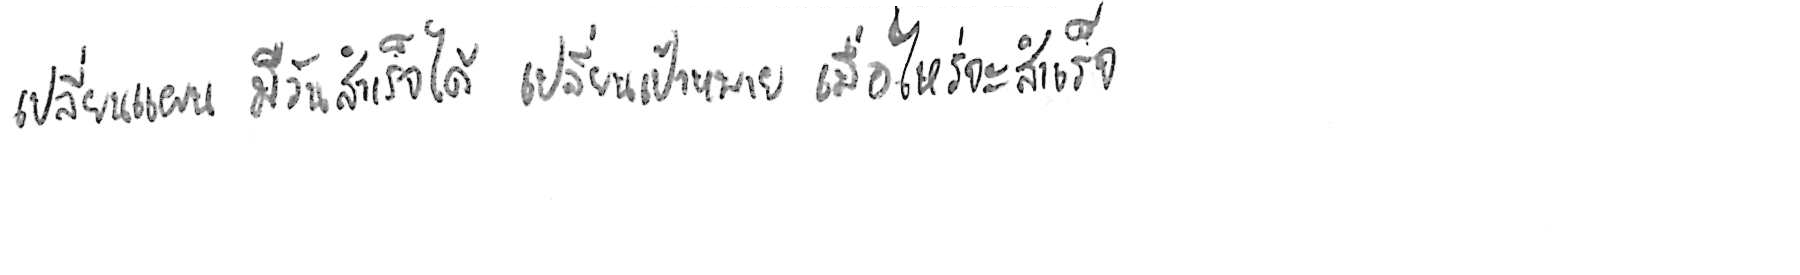
เปลี่ยนแผน มีวันสำเร็จได้ เปลี่ยนเป้าหมาย เมื่อไหร่จะสำเร็จ